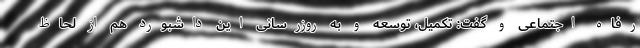
رفاه اجتماعی و گفت: تکمیل، توسعه و به روزرسانی این داشبورد هم از لحاظ